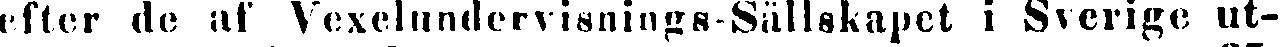
efter de af Vexelundervisnings-Sällskapet i Sverige ut-